Indian journal of veterinary science and animal husbandry - Volumes 24-25, 1954-1955
Year: 1954
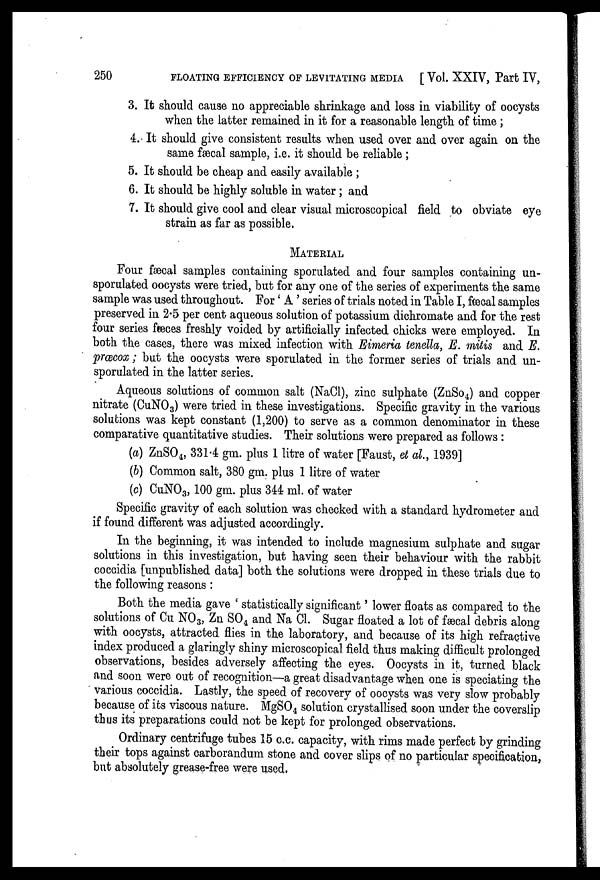
250
FLOATING EFFICIENCY OF LEVITATING MEDIA [ Vol. XXIV, Part IV,
3. It should cause no appreciable shrinkage and loss in viability of oocysts
when the latter remained in it for a reasonable length of time ;
4. It should give consistent results when used over and over again on the
same fæcal sample, i.e. it should be reliable ;
5. It should be cheap and easily available ;
6. It should be highly soluble in water ; and
7. It should give cool and clear visual microscopical field to obviate eye
strain as far as possible.
MATERIAL
Four fæcal samples containing sporulated and four samples containing un-
sporulated oocysts were tried, but for any one of the series of experiments the same
sample was used throughout. For ' A ' series of trials noted in Table I, fæcal samples
preserved in 2.5 per cent aqueous solution of potassium dichromate and for the rest
four series fæces freshly voided by artificially infected chicks were employed. In
both the cases, there was mixed infection with Eimeria tenella, E. mitis and E.
præcox ; but the oocysts were sporulated in the former series of trials and un-
sporulated in the latter series.
Aqueous solutions of common salt (NaCl), zinc sulphate (ZnSo 4 ) and copper
nitrate (CuNO 3 ) were tried in these investigations. Specific gravity in the various
solutions was kept constant (1,200) to serve as a common denominator in these
comparative quantitative studies. Their solutions were prepared as follows :
(a) ZnSO 4 , 331.4 gm. plus 1 litre of water [Faust, et al., 1939]
(b) Common salt, 380 gm. plus 1 litre of water
(c) CuNO 3 , 100 gm. plus 344 ml. of water
Specific gravity of each solution was checked with a standard hydrometer and
if found different was adjusted accordingly.
In the beginning, it was intended to include magnesium sulphate and sugar
solutions in this investigation, but having seen their behaviour with the rabbit
coccidia [unpublished data] both the solutions were dropped in these trials due to
the following reasons :
Both the media gave ' statistically significant ' lower floats as compared to the
solutions of Cu NO 3 , Zn SO 4 and Na Cl. Sugar floated a lot of fæcal debris along
with oocysts, attracted flies in the laboratory, and because of its high refractive
index produced a glaringly shiny microscopical field thus making difficult prolonged
observations, besides adversely affecting the eyes. Oocysts in it, turned black
and soon were out of recognition—a great disadvantage when one is speciating the
various coccidia. Lastly, the speed of recovery of oocysts was very slow probably
because of its viscous nature. MgSO 4 solution crystallised soon under the coverslip
thus its preparations could not be kept for prolonged observations.
Ordinary centrifuge tubes 15 c.c. capacity, with rims made perfect by grinding
their tops against carborandum stone and cover slips of no particular specification,
but absolutely grease-free were used.